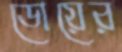
ডোয়ের